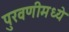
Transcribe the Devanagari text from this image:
पुरवणीमध्ये